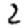
Digit: 2